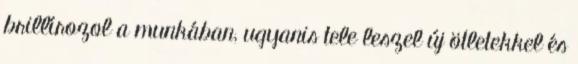
brillírozol a munkában, ugyanis tele leszel új ötletekkel és